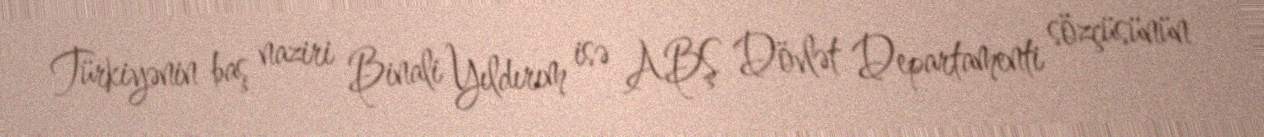
Türkiyənin baş naziri Binali Yıldırım isə ABŞ Dövlət Departamenti sözçüsünün